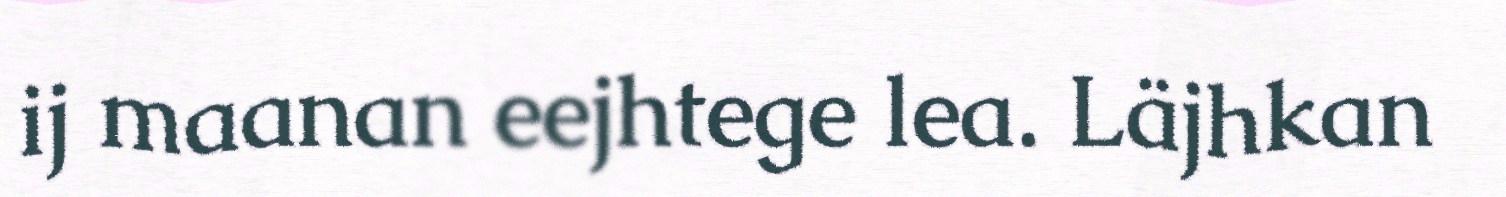
ij maanan eejhtege lea. Läjhkan